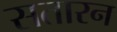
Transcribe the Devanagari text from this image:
सतारन